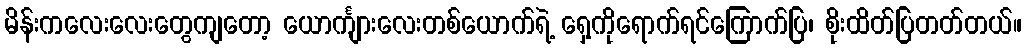
မိန်းကလေးလေးတွေကျတော့ ယောင်္ကျားလေးတစ်ယောက်ရဲ့ ရှေ့ကိုရောက်ရင်ကြောက်ပြ၊ စိုးထိတ်ပြတတ်တယ်။